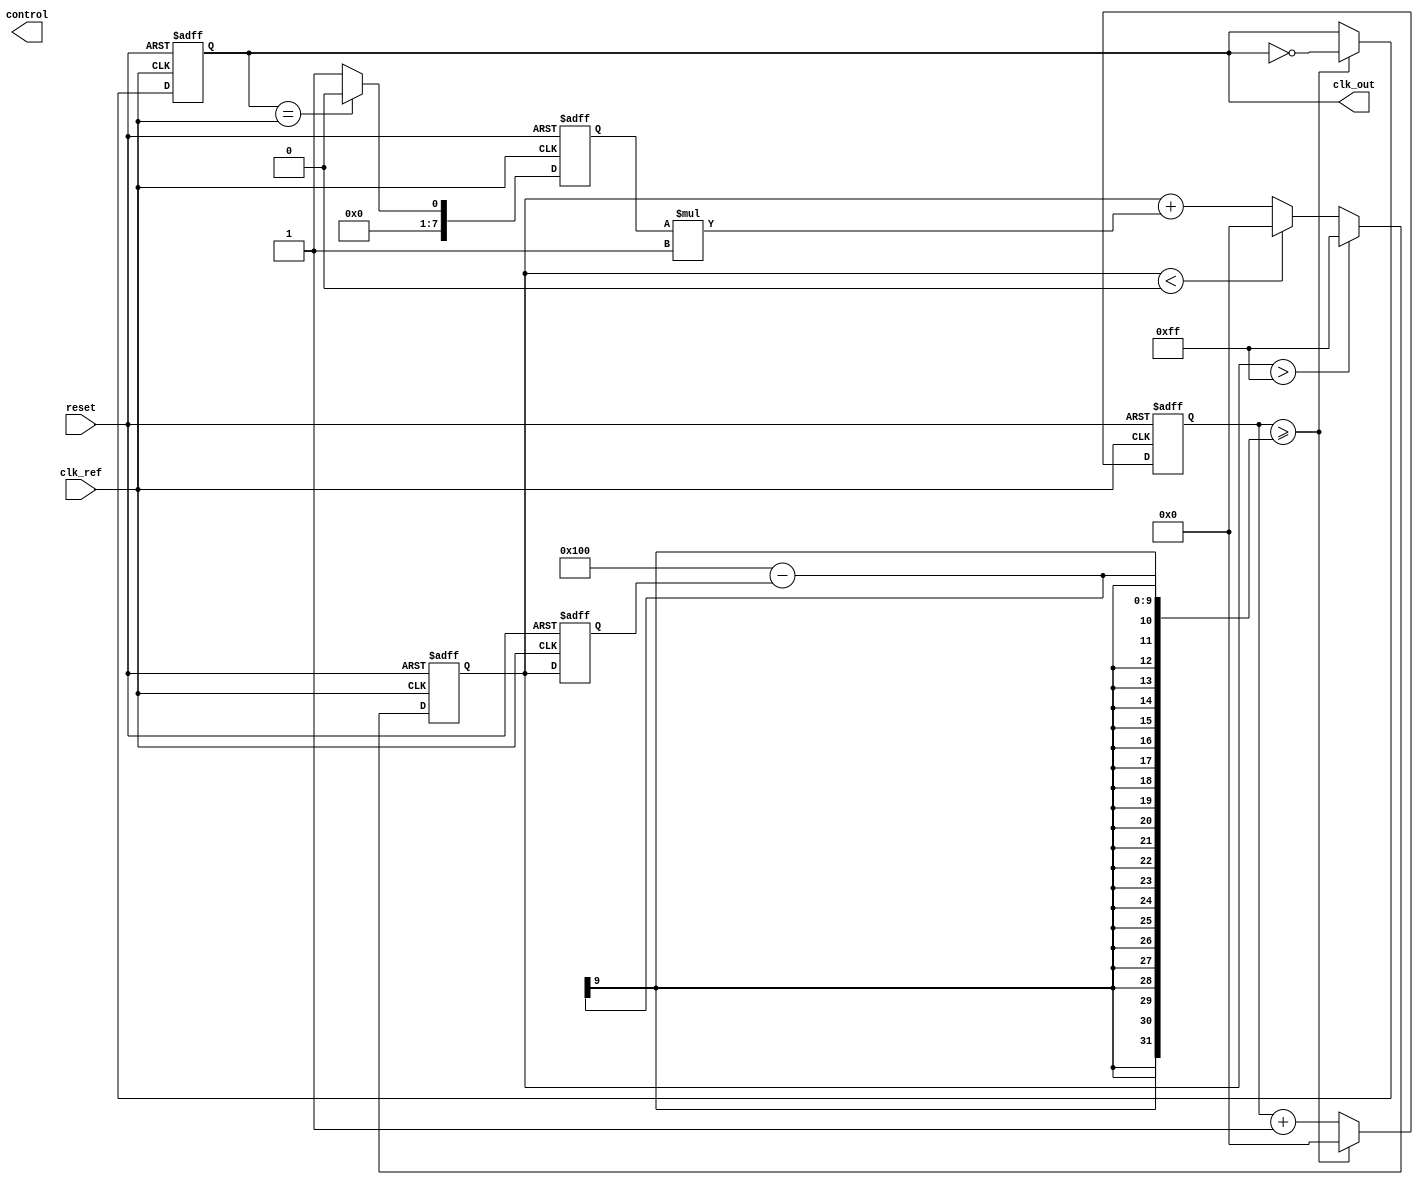
module sigma_delta_pll (
    input wire clk_ref,          // Reference clock input
    input wire reset,            // Asynchronous reset
    output reg clk_out,          // Output clock
    output reg [7:0] control     // Control signal for VCO
);

    // Parameters
    parameter VCO_MAX_FREQ = 255; // Max frequency for VCO
    parameter VCO_MIN_FREQ = 0;   // Min frequency for VCO
    parameter LOOP_FILTER_GAIN = 1; // Gain for loop filter

    // Internal signals
    reg [7:0] phase_error;        // Phase error signal
    reg [7:0] control_voltage;     // Control voltage from loop filter
    reg [7:0] sigma_delta_output;  // Output of sigma-delta modulator
    reg [7:0] vco_freq;            // Frequency of VCO
    reg [7:0] vco_counter;         // Counter for VCO output generation

    // Phase Detector (PD)
    always @(posedge clk_ref or posedge reset) begin
        if (reset) begin
            phase_error <= 0;
        end else begin
            // Simple phase error calculation (for demonstration)
            // Here we assume clk_out is generated and can be compared
            phase_error <= (clk_out == clk_ref) ? 0 : 1; // Simplified error signal
        end
    end

    // Loop Filter (LF)
    always @(posedge clk_ref or posedge reset) begin
        if (reset) begin
            control_voltage <= 0;
        end else begin
            control_voltage <= control_voltage + (phase_error * LOOP_FILTER_GAIN);
            // Clamping control voltage to VCO limits
            if (control_voltage > VCO_MAX_FREQ)
                control_voltage <= VCO_MAX_FREQ;
            else if (control_voltage < VCO_MIN_FREQ)
                control_voltage <= VCO_MIN_FREQ;
        end
    end

    // Sigma-Delta Modulator
    always @(posedge clk_ref or posedge reset) begin
        if (reset) begin
            sigma_delta_output <= 0;
        end else begin
            // Basic integrator for sigma-delta modulation
            sigma_delta_output <= sigma_delta_output + control_voltage;
            // Simple quantization
            if (sigma_delta_output > 128) begin
                sigma_delta_output <= 255; // Output high
            end else begin
                sigma_delta_output <= 0;   // Output low
            end
        end
    end

    // Voltage-Controlled Oscillator (VCO)
    always @(posedge clk_ref or posedge reset) begin
        if (reset) begin
            vco_freq <= 0;
            clk_out <= 0;
            vco_counter <= 0;
        end else begin
            // Update VCO frequency based on sigma-delta output
            vco_freq <= control_voltage;

            // Generate output clock based on VCO frequency
            vco_counter <= vco_counter + 1;
            if (vco_counter >= (256 - vco_freq)) begin
                clk_out <= ~clk_out; // Toggle output clock
                vco_counter <= 0;
            end
        end
    end

endmodule